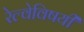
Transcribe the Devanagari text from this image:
रेल्वेविषयी